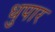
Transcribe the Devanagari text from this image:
धुपार